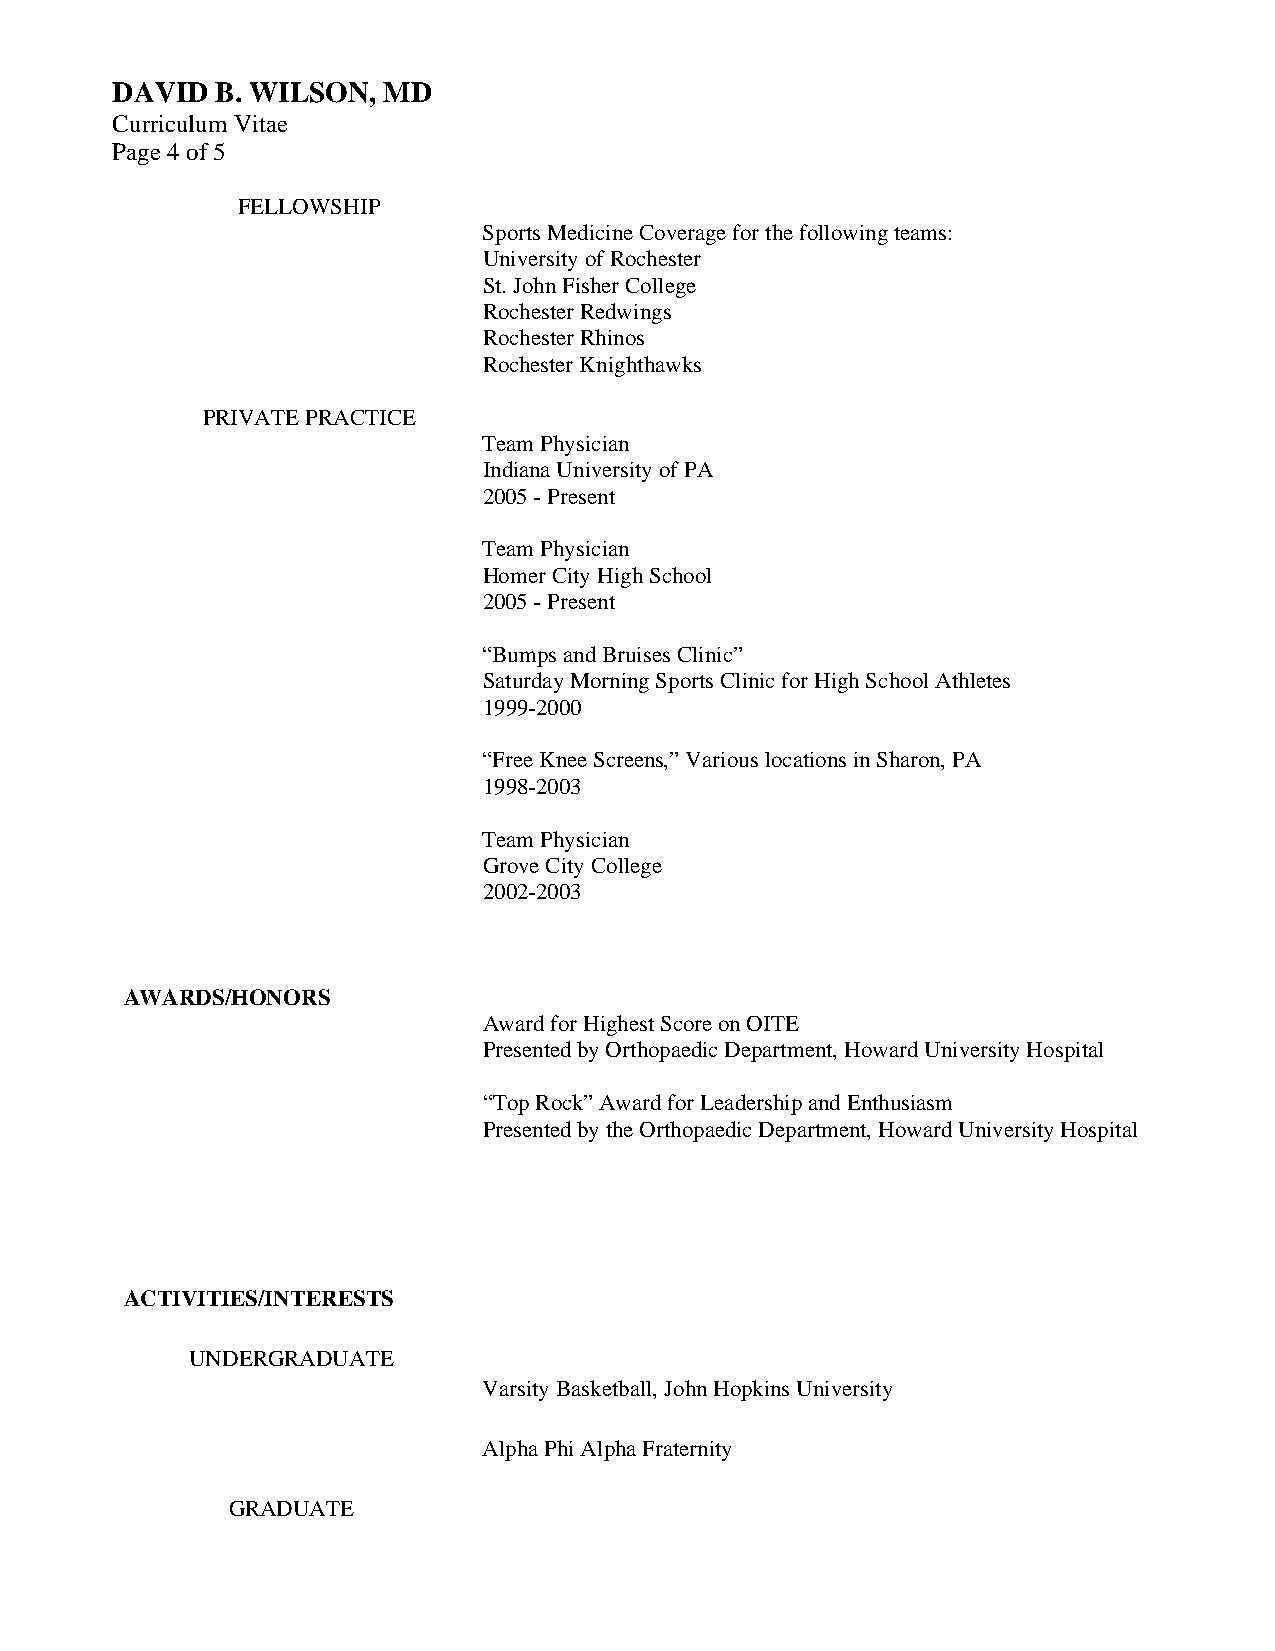
DAVID  B. WILSON, MD
 Curriculum Vitae
 Page 4 of 5
 FELLOWSHIP
 Sports Medicine Coverage for the following teams:
 University of Rochester
 St. John Fisher College
 Rochester Redwings
 Rochester Rhinos
 Rochester Knighthawks
 PRIVATE PRACTICE
 Team Physician
 Indiana University of PA
 2005 - Present
 Team Physician
 Homer City High School
 2005 - Present
 “Bumps and Bruises Clinic”
 Saturday Morning Sports Clinic for High School Athletes
 1999-2000
 “Free Knee Screens,” Various locations in Sharon, PA
 1998-2003
 Team Physician
 Grove City College
 2002-2003
 AWARDS/HONORS
 Award for Highest Score on OITE
 Presented by Orthopaedic Department, Howard University Hospital
 “Top Rock” Award for Leadership and Enthusiasm
 Presented by the Orthopaedic Department, Howard University Hospital
 ACTIVITIES/INTERESTS
 UNDERGRADUATE
 Varsity Basketball, John Hopkins University
 Alpha Phi Alpha Fraternity
 GRADUATE